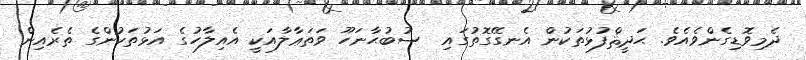
ދެމިވޮޑިގެންވެއެވެ. ޙަދީޘްފުޅުތަކުން އެނގޭގޮތުގައި  ސުބުޙާނަހޫ ވަތަޢާލާއަކީ އެއިލާހުގެ އަޅުތަކުންގެ ތެރެއިން